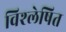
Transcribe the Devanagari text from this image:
विश्‍लेषित